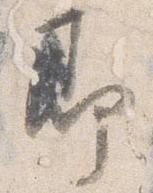
即